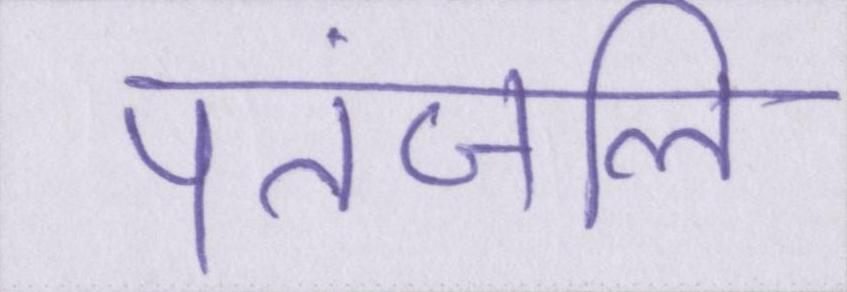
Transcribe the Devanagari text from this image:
पतंजलि